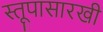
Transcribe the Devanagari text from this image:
स्तूपासारखी